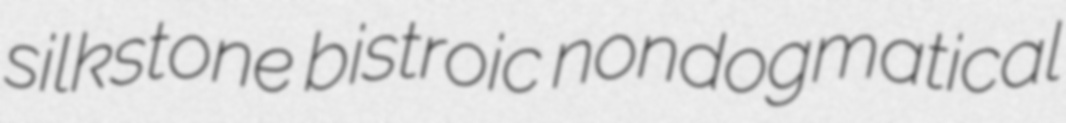
silkstone bistroic nondogmatical